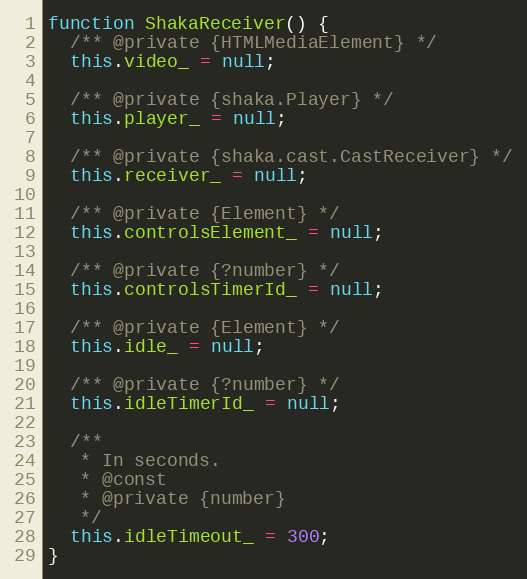
Language: JavaScript
function ShakaReceiver() {
  /** @private {HTMLMediaElement} */
  this.video_ = null;

  /** @private {shaka.Player} */
  this.player_ = null;

  /** @private {shaka.cast.CastReceiver} */
  this.receiver_ = null;

  /** @private {Element} */
  this.controlsElement_ = null;

  /** @private {?number} */
  this.controlsTimerId_ = null;

  /** @private {Element} */
  this.idle_ = null;

  /** @private {?number} */
  this.idleTimerId_ = null;

  /**
   * In seconds.
   * @const
   * @private {number}
   */
  this.idleTimeout_ = 300;
}